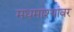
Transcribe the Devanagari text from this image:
मधमाश्यांवर